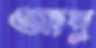
আব্দু